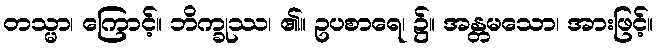
တသ္မာ၊ ကြောင့်။ ဘိက္ခုဿ၊ ၏။ ဥပစာရေ၊ ၌။ အန္တမသော၊ အားဖြင့်။